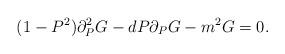
LaTeX: \begin{align*}(1 - P^2) \partial_P^2 G - d P \partial_P G - m^2 G = 0.\end{align*}